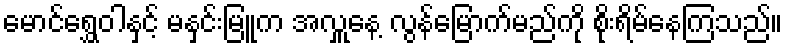
မောင်ရွှေဝါနှင့် မနှင်းမြူက အလှူနေ့ လွန်မြောက်မည်ကို စိုးရိမ်နေကြသည်။